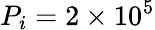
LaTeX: P_{i}=2\times 10^{5}